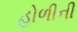
હોળીની